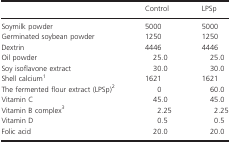
<table><thead><tr><td></td><td><b>Control</b></td><td><b>LPSp</b></td></tr></thead><tbody><tr><td>Soymilk powder</td><td>5000</td><td>5000</td></tr><tr><td>Germinated soybean powder</td><td>1250</td><td>1250</td></tr><tr><td>Dextrin</td><td>4446</td><td>4446</td></tr><tr><td>Oil powder</td><td>25.0</td><td>25.0</td></tr><tr><td>Soy isoflavone extract</td><td>30.0</td><td>30.0</td></tr><tr><td>Shell calcium1</td><td>1621</td><td>1621</td></tr><tr><td>The fermented flour extract (LPSp)2</td><td>0</td><td>60.0</td></tr><tr><td>Vitamin C</td><td>45.0</td><td>45.0</td></tr><tr><td>Vitamin B complex3</td><td>2.25</td><td>2.25</td></tr><tr><td>Vitamin D</td><td>0.5</td><td>0.5</td></tr><tr><td>Folic acid</td><td>20.0</td><td>20.0</td></tr></tbody></table>